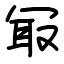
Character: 冣